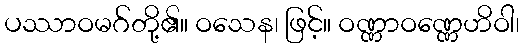
ပဿာဝမဂ်တို့၏။ ဝသေန၊ ဖြင့်။ ဝဏ္ဏာဝဏ္ဏေဟိဝါ၊